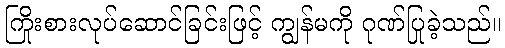
ကြိုးစားလုပ်ဆောင်ခြင်းဖြင့် ကျွန်မကို ဂုဏ်ပြုခဲ့သည်။